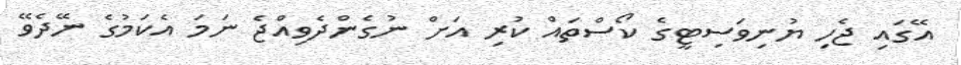
އޭގައި ޖެހި ޔުނިވަސިޓީގެ ކޯސްތައް ކުރި އަށް ނުގެންދެވިއްޖެ ނަމަ އެކަމުގެ ނޭދެވޭ